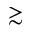
\gtrsim